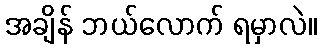
အချိန် ဘယ်လောက် ရမှာလဲ။